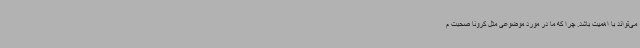
می‌تواند با اهمیت باشد. چرا که ما در مورد موضوعی مثل کرونا صحبت م